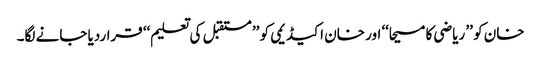
خان کو ’’ ریاضی کا مسیحا‘‘ اور خان اکیڈیمی کو ’’ مستقبل کی تعلیم‘‘ قراردیا جانے لگا۔